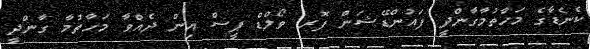
ކެނެޑާގެ މަހާތުމާގާންދީ ފައުންޑޭޝަން ފޮރ ވޯލްޑް ޕީސް އިން ދެއްވާ މަހާތުމާ ގާންދީ